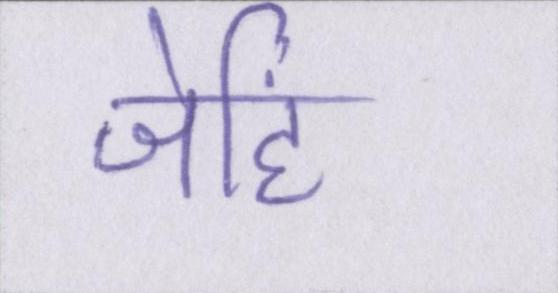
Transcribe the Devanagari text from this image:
जेहिं